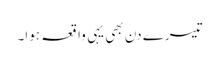
تیسرے دن بھی یہی واقعہ ہوا۔